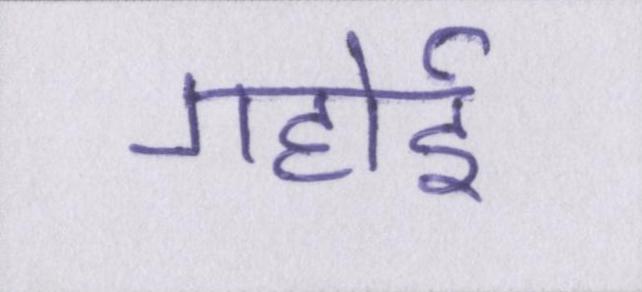
गहोई